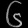
Digit: ၆